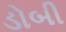
ડોબી